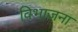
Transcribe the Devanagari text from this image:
विभाजना